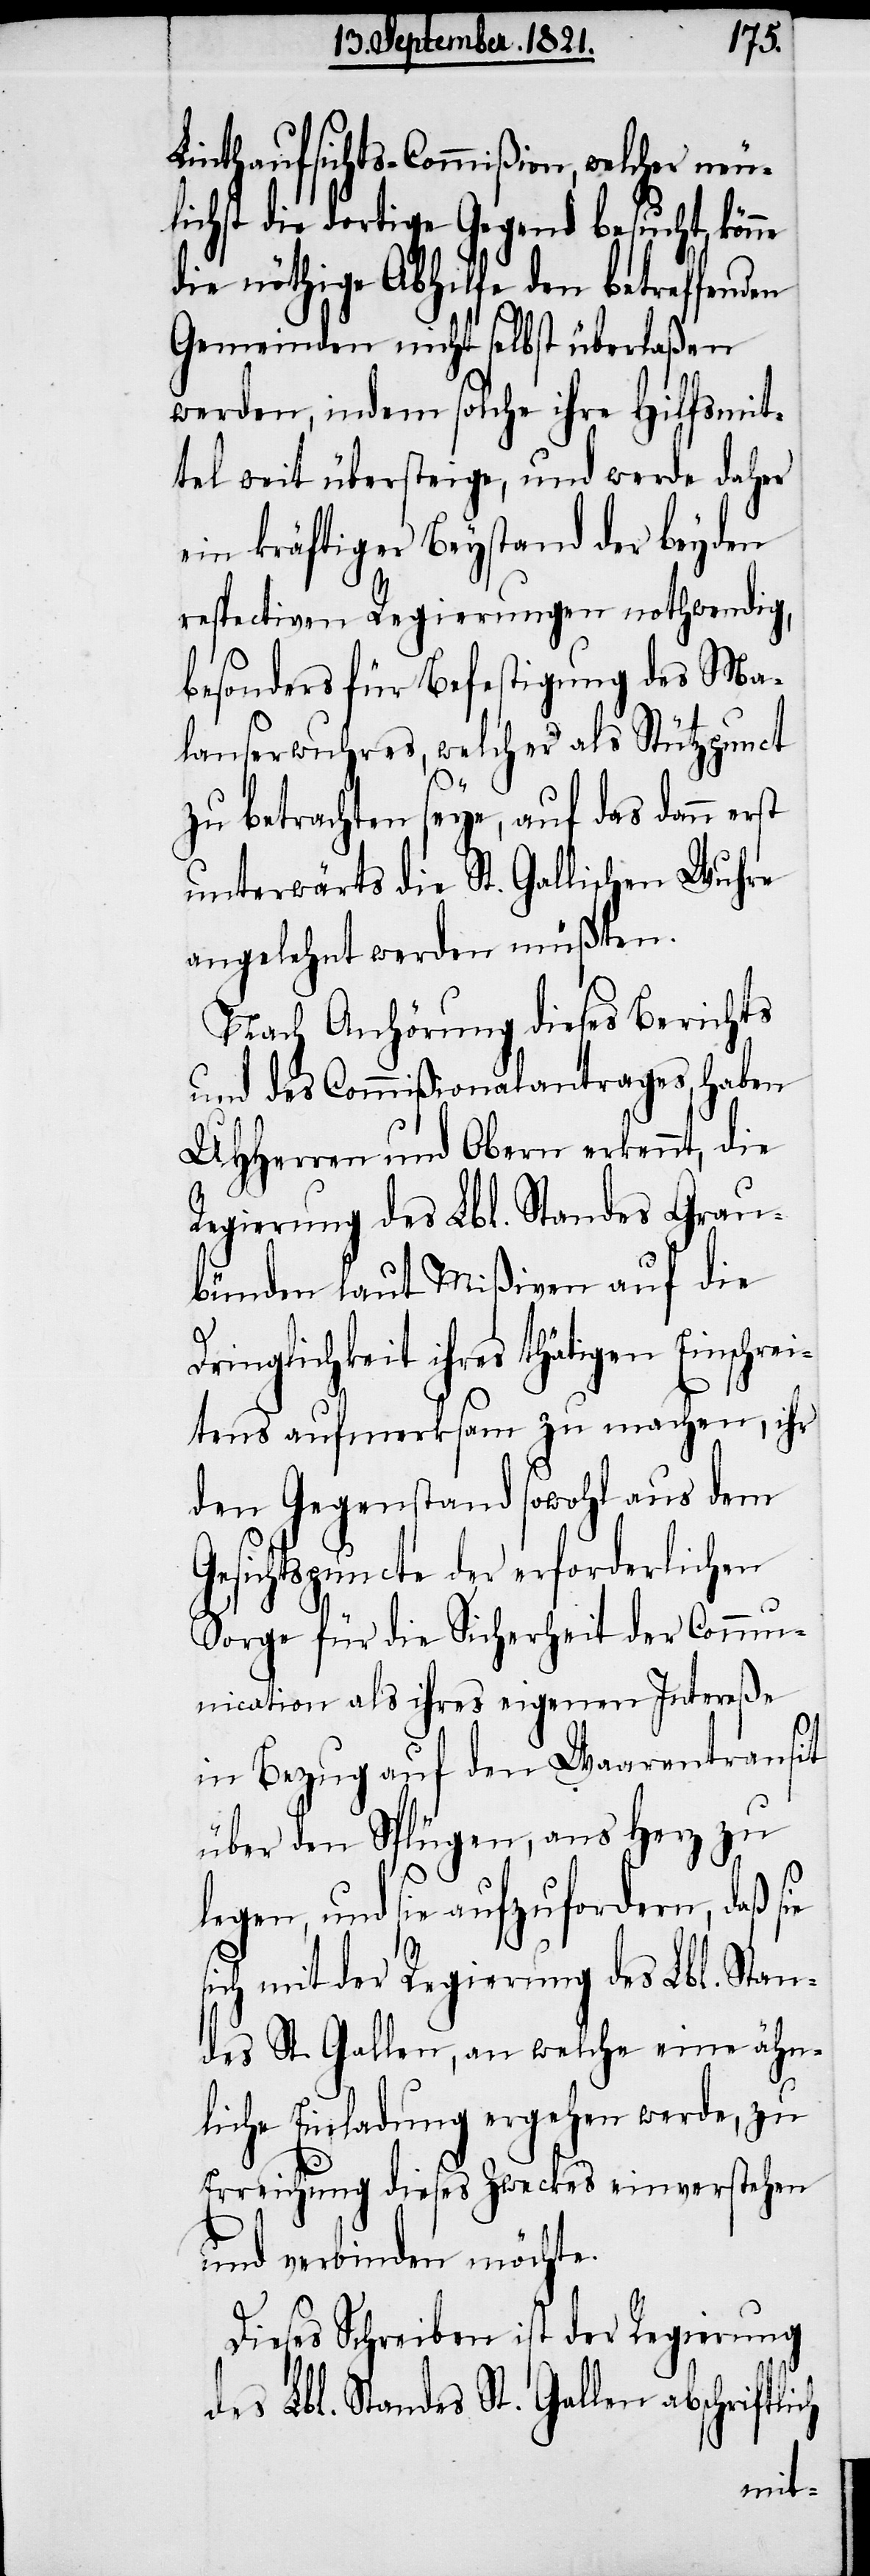
ch
Linthaufsichts-Commißion, welcher neu¬
lichst die dortige Gegend besucht, kön¬
die nöthige Abhilfe den betreffenden
Gemeinden nicht selbst überlaßen
werden, indem solche ihre Hilfsmit¬
tel weit übersteige, und werde daher
ein kräftiger Beystand der beyden
respectiven Regierungen nothwendig,
besonders für Befestigung des Ma¬
lanserwuhres, welcher als Stützpunct
zu betrachten seye, auf das dann erst
unterwärts die St. Gallischen Wuhre
angelehnt werden müßten.
Nach Anhörung dieses Berichts
und des Commißionalantrages, haben
UHHerren und Obern erkennt, die
Regierung des Lbl. Standes Grau¬
bünden laut Mißiven auf die
Dringlichkeit ihres tätigen Einschreib¬
ens aufmerksam zu machen, ihr
den Gegenstand sowohl aus dem
Gesichtspuncte der erforderlichen
Sorge für die Sicherheit der Commu¬
nication als ihres eigenen Intereße
in Bezug auf den Waarentransit
über den Splügen, ans Herz zu
legen, und sie aufzufordern, daß
sich mit der Regierung des Lbl. Stan¬
des St. Gallen, an welche eine ähn¬
liche Einladung ergehen werde, zu
Erreichung dieses Zweckes einverstehen
und verbinden möchte.
Dieses Schreiben ist der Regierung
des Lbl. Standes St. Gallen abschriftli¬